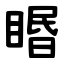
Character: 䁕